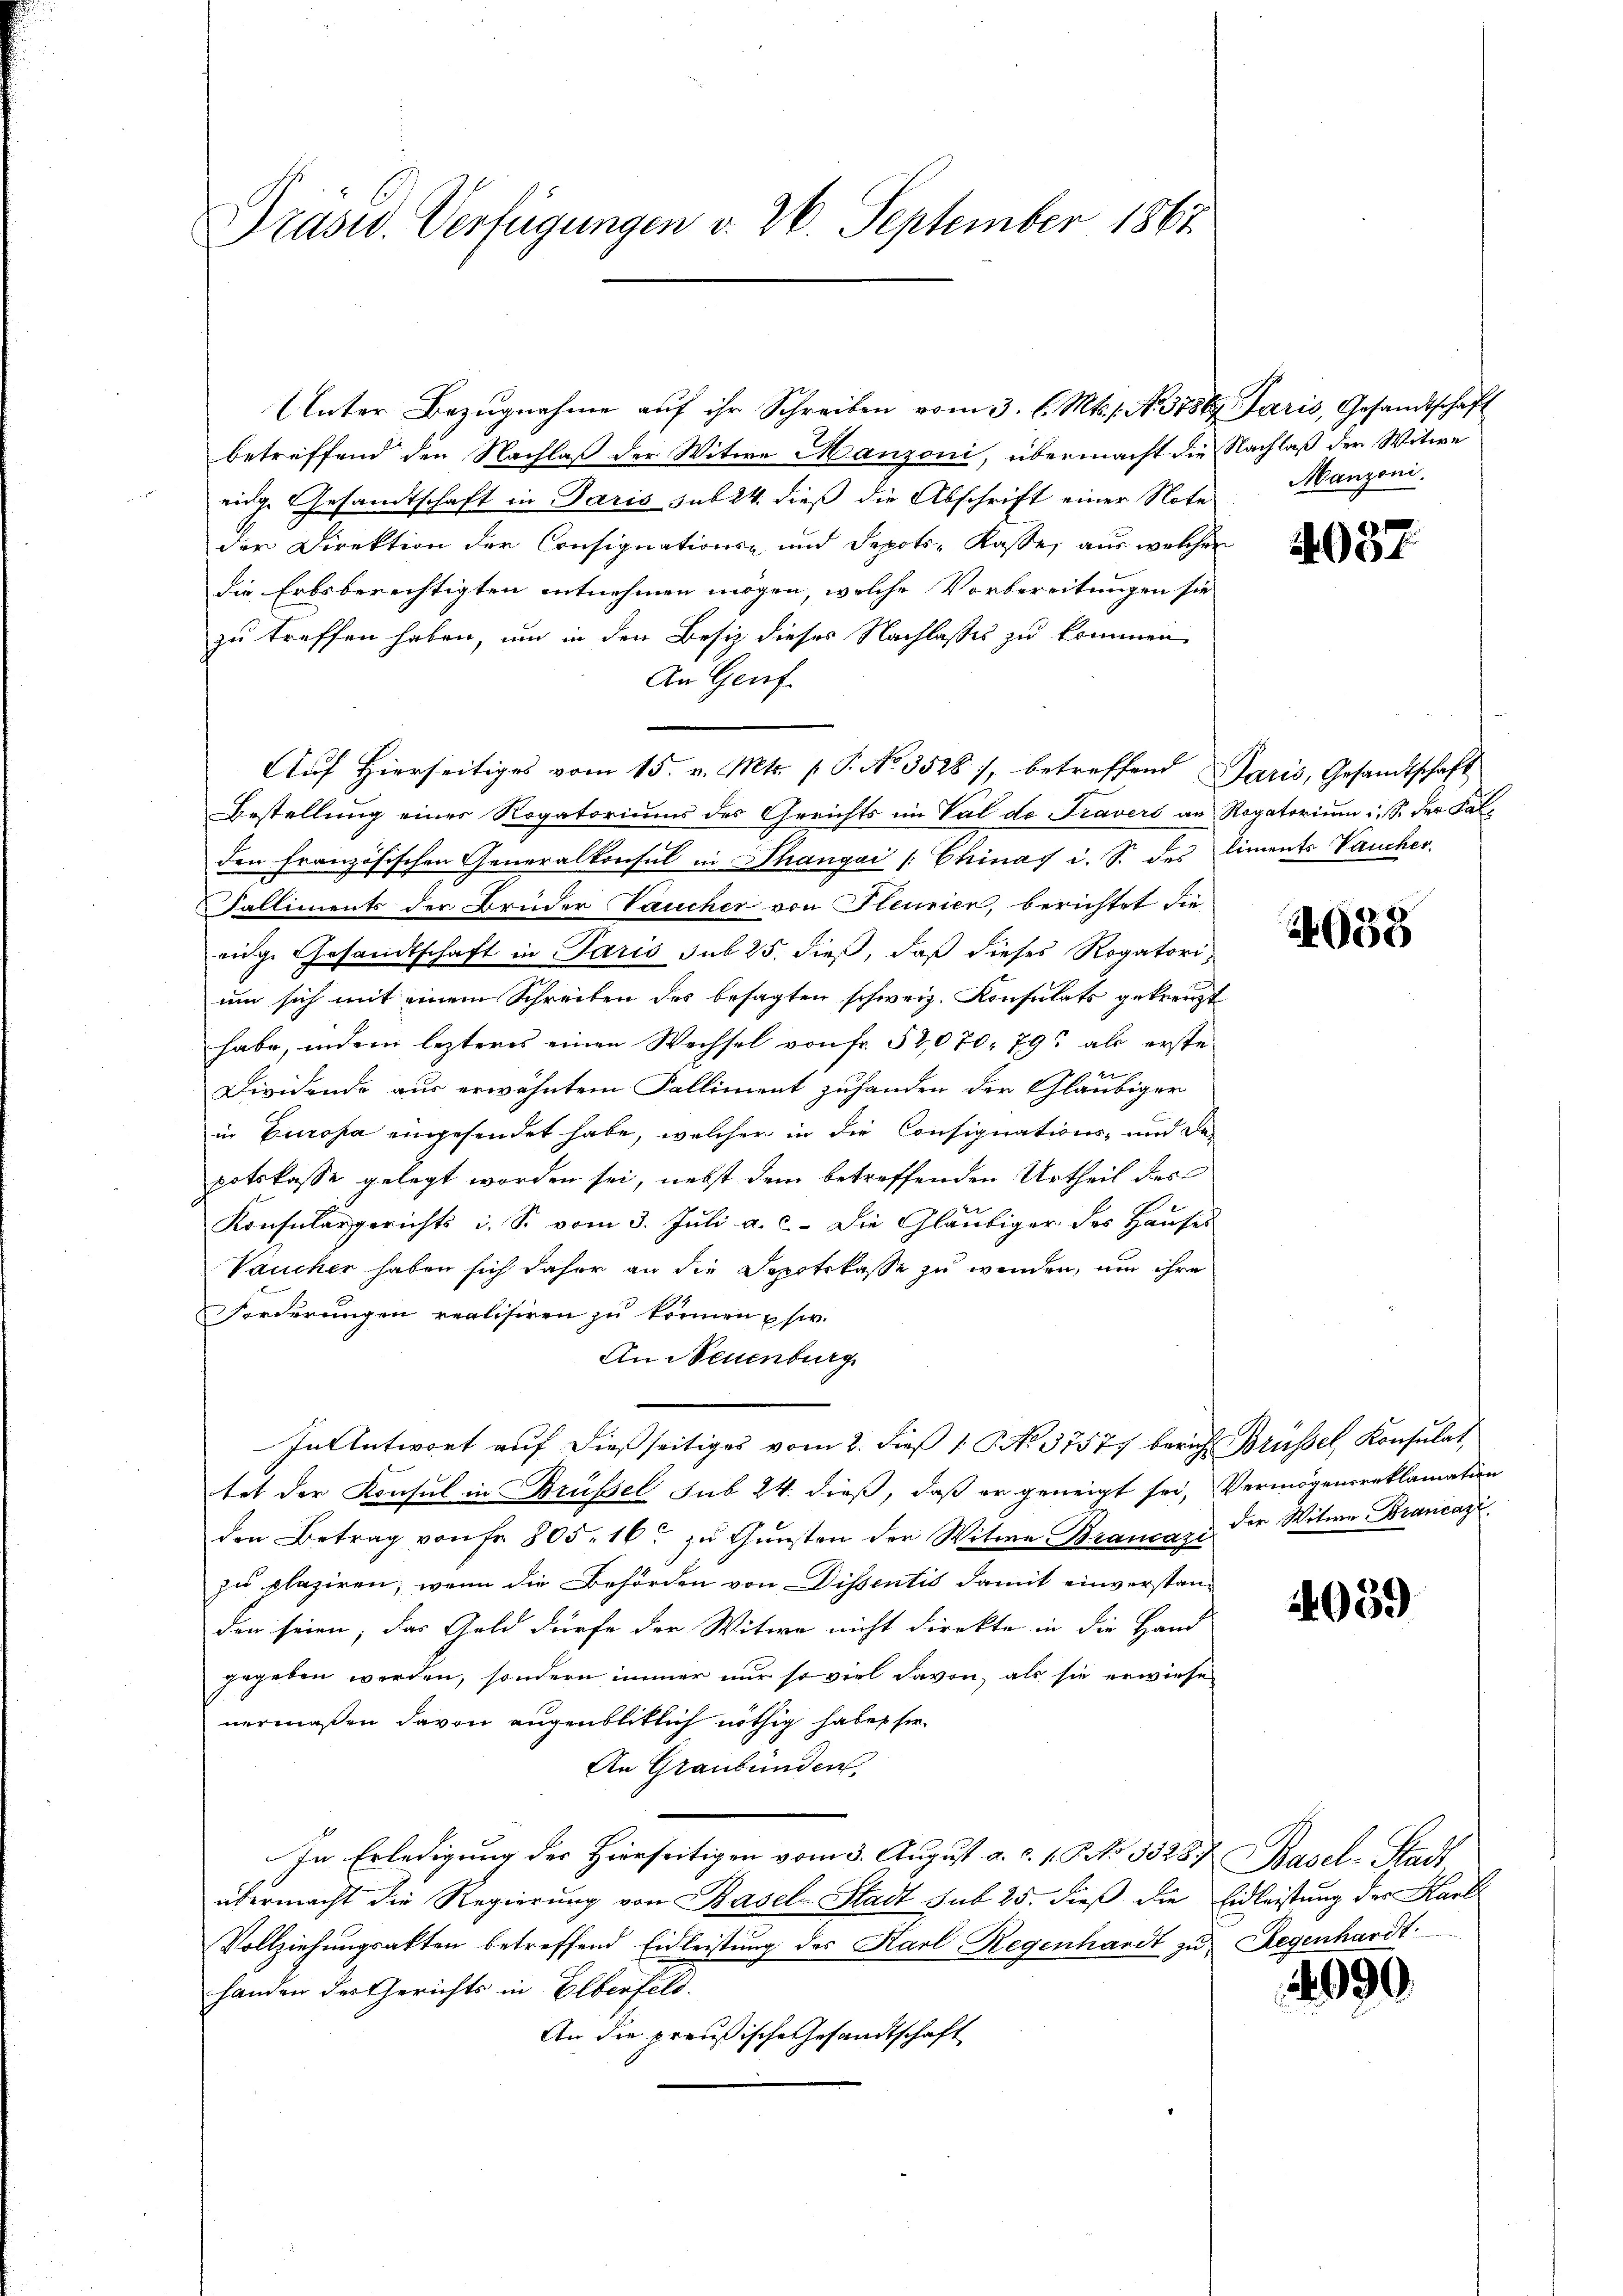
Präsid. Verfügungen v. 26. September 1867.

Unter Bezugnahme auf ihr Schreiben vom 3. l. Mts. s. No. 375. Paris, Gesandtschaft
betreffend den Nachlaß der Witwe Manzoni, übermacht die Nachlaß der Witwe
eige Gesandtschaft in Paris sub 24. dieß die Abschrift einer Note Manzoni.
der Direktion der Consignations- und Depots-Kasse, aus welcher
die Erbsberechtigten entnehmen mögen, welche Vorbereitungen sie
zu treffen haben, um in den Besiz dieses Nachlasses zu kommen
An Genf.
Auf Hierseitiges vom 15. v. Mts. [ P. No. 3528/, betreffend Paris, Gesandtschaft
Bestellung einer Rogatoriums des Gerichts im Val de Travers an Rogatorium i. S. der Falden Französischen Generalkonsul in Thangai [Chinas i. S. des liments Vaucher.
Falliments der Brüder Vaucher von Heurien, berichtet die
eige Gesandtschaft in Paris sub 25. dieß, daß dieses Rogatorium sich mit einem Schreiben des besagten schweiz. Konsulats gekreuzt
habe, indem lezteres einen Wechsel von Fr. 52,070. 79 als erste
Dividende aus erwähntem Falliment zuhanden der Gläubiger
in Europa eingesendet habe, welcher in die Consignations- und der
potskasse gelegt worden sei, nebst dem betreffenden Urtheil des
Konsulargerichts i. S. vom 3. Juli a. c. - Die Gläubiger des Hauses
Vaucher haben sich daher an die Depotekasse zu wenden, um ihre
Forderungen realisiren zu können usw.
An Neuenburg
In Antwort auf dießseitiges vom 2. dieß [ P. No. 37577 bericht Brüssel, Konsulat,
tet der Konsul in Brüssel sub 24. dieß, daß er geneigt sei, Vermögensreklamation
den Betrag von Fr. 805. 16. zŭ Gŭnsten der Witwe Braucas der Witwe Brancazi
zu plaziren, wenn die Behörden von Dissentis damit einverstanden seien, das Geld dürfe der Witwe nicht direkte in die Hand
gegeben werden, sondern immer nur so viel davon, als sie erwiese
nermaßen davon augenblitlich nöthig habe sie
An Graubünden.
In Erledigung des Hierseitigen vom 3. August a. c. 1. P. No 3328. Basel-Stadt
übermacht die Regierung von Basel-Stadt sub 25. dieß die Eidleistung des Karl
Vollziehŭngsakten betreffend Eidleistŭng des Karl Regenhardt zu Regenhardt
handen des Gerichts in Elberfeld.
An die preußische Gesandtschaft

4037

4038

4059

090